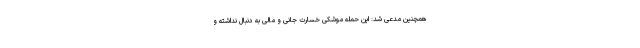
همچنین مدعی شد: این حمله موشکی خسارت جانی و مالی به دنبال نداشته و